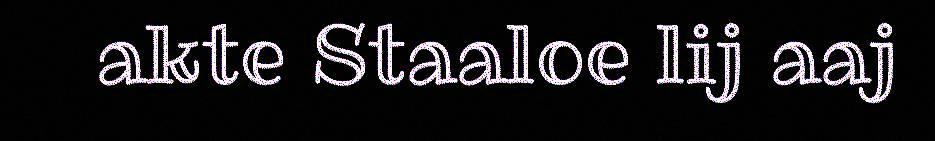
akte Staaloe lij aaj